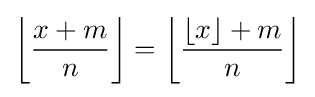
\left\lfloor {\frac {x+m}{n}}\right\rfloor =\left\lfloor {\frac {\lfloor x\rfloor +m}{n}}\right\rfloor